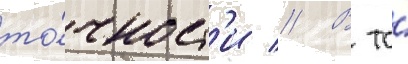
то́чност'и // В то́